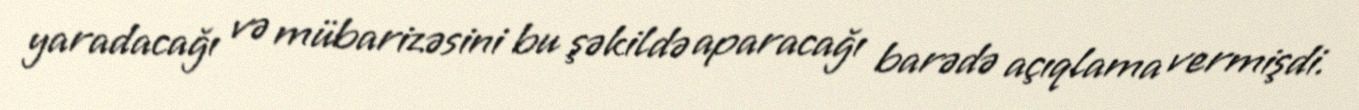
yaradacağı və mübarizəsini bu şəkildə aparacağı barədə açıqlama vermişdi.